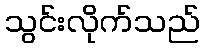
သွင်းလိုက်သည်